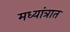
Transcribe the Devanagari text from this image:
मध्यांत्रात